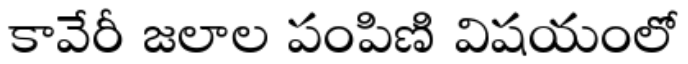
కావేరీ జలాల పంపిణి విషయంలో